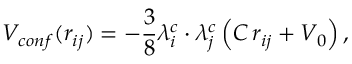
V _ { c o n f } ( r _ { i j } ) = - \frac { 3 } { 8 } \lambda _ { i } ^ { c } \cdot \lambda _ { j } ^ { c } \left( C \, r _ { i j } + V _ { 0 } \right) ,